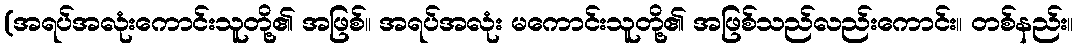
(အရပ်အလုံးကောင်းသူတို့၏ အဖြစ်။ အရပ်အလုံး မကောင်းသူတို့၏ အဖြစ်သည်လည်းကောင်း။ တစ်နည်း။